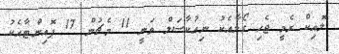
ލޮއިކް ރެމީ ޖެހި ގޯލާއެކު ނިއުކާސަލް ވަނީ 11 މެޗުން 17 ޕޮއިންޓާއެކު